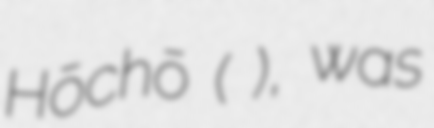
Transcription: Hōchō (毛 鳳朝), was